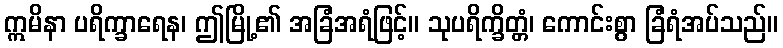
ဣမိနာ ပရိက္ခာရေန၊ ဤမြို့၏ အခြံအရံဖြင့်။ သုပရိက္ခိတ္တံ၊ ကောင်းစွာ ခြံရံအပ်သည်။